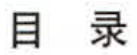
目录